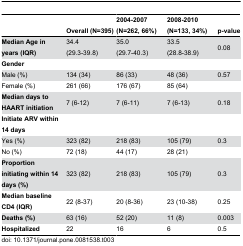
<table><thead><tr><td></td><td><b>Overall (N=395)</b></td><td><b>2004-2007 (N=262, 66%)</b></td><td><b>2008-2010 (N=133, 34%)</b></td><td><b>p-value</b></td></tr></thead><tbody><tr><td><b>Median Age in years (IQR)</b></td><td>34.4 (29.3-39.8)</td><td>35.0 (29.7-40.3)</td><td>33.5 (28.8-38.9)</td><td>0.08</td></tr><tr><td><b>Gender</b></td><td></td><td></td><td></td><td></td></tr><tr><td>Male (%)</td><td>134 (34)</td><td>86 (33)</td><td>48 (36)</td><td>0.57</td></tr><tr><td>Female (%)</td><td>261 (66)</td><td>176 (67)</td><td>85 (64)</td><td></td></tr><tr><td><b>Median days to HAART initiation</b></td><td>7 (6-12)</td><td>7 (6-11)</td><td>7 (6-13)</td><td>0.18</td></tr><tr><td><b>Initiate ARV within 14 days</b></td><td></td><td></td><td></td><td></td></tr><tr><td>Yes (%)</td><td>323 (82)</td><td>218 (83)</td><td>105 (79)</td><td>0.3</td></tr><tr><td>No (%)</td><td>72 (18)</td><td>44 (17)</td><td>28 (21)</td><td></td></tr><tr><td><b>Proportion initiating within 14 days (%)</b></td><td>323 (82)</td><td>218 (83)</td><td>105 (79)</td><td>0.3</td></tr><tr><td><b>Median baseline CD4 (IQR)</b></td><td>22 (8-37)</td><td>20 (8-36)</td><td>23 (10-38)</td><td>0.25</td></tr><tr><td><b>Deaths (%)</b></td><td>63 (16)</td><td>52 (20)</td><td>11 (8)</td><td>0.003</td></tr><tr><td><b>Hospitalized</b></td><td>22</td><td>16</td><td>6</td><td>0.5</td></tr></tbody></table>